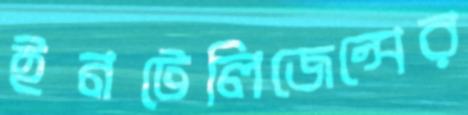
ইনটেলিজেন্সের